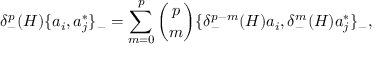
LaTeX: \delta _ { - } ^ { p } ( H ) \{ a _ { i } , a _ { j } ^ { * } \} _ { - } = \sum _ { m = 0 } ^ { p } { \binom { p } { m } } \{ \delta _ { - } ^ { p - m } ( H ) a _ { i } , \delta _ { - } ^ { m } ( H ) a _ { j } ^ { * } \} _ { - } ,